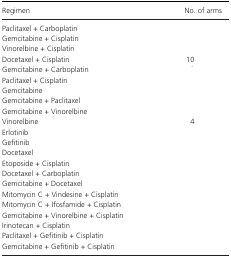
<table><thead><tr><td><b>Regimen</b></td><td><b>No. of arms</b></td></tr></thead><tbody><tr><td>Paclitaxel + Carboplatin</td><td>[EMPTY_CELL]</td></tr><tr><td>Gemcitabine + Cisplatin</td><td>[EMPTY_CELL]</td></tr><tr><td>Vinorelbine + Cisplatin</td><td>[EMPTY_CELL]</td></tr><tr><td>Docetaxel + Cisplatin</td><td>10</td></tr><tr><td>Gemcitabine + Carboplatin</td><td>[EMPTY_CELL]</td></tr><tr><td>Paclitaxel + Cisplatin</td><td>[EMPTY_CELL]</td></tr><tr><td>Gemcitabine</td><td>[EMPTY_CELL]</td></tr><tr><td>Gemcitabine + Paclitaxel</td><td>[EMPTY_CELL]</td></tr><tr><td>Gemcitabine + Vinorelbine</td><td>[EMPTY_CELL]</td></tr><tr><td>Vinorelbine</td><td>4</td></tr><tr><td>Erlotinib</td><td>[EMPTY_CELL]</td></tr><tr><td>Gefitinib</td><td>[EMPTY_CELL]</td></tr><tr><td>Docetaxel</td><td>[EMPTY_CELL]</td></tr><tr><td>Etoposide + Cisplatin</td><td>[EMPTY_CELL]</td></tr><tr><td>Docetaxel + Carboplatin</td><td>[EMPTY_CELL]</td></tr><tr><td>Gemcitabine + Docetaxel</td><td>[EMPTY_CELL]</td></tr><tr><td>Mitomycin C + Vindesine + Cisplatin</td><td>[EMPTY_CELL]</td></tr><tr><td>Mitomycin C + Ifosfamide + Cisplatin</td><td>[EMPTY_CELL]</td></tr><tr><td>Gemcitabine + Vinorelbine + Cisplatin</td><td>[EMPTY_CELL]</td></tr><tr><td>Irinotecan + Cisplatin</td><td>[EMPTY_CELL]</td></tr><tr><td>Paclitaxel + Gefitinib + Cisplatin</td><td>[EMPTY_CELL]</td></tr><tr><td>Gemcitabine + Gefitinib + Cisplatin</td><td>[EMPTY_CELL]</td></tr></tbody></table>